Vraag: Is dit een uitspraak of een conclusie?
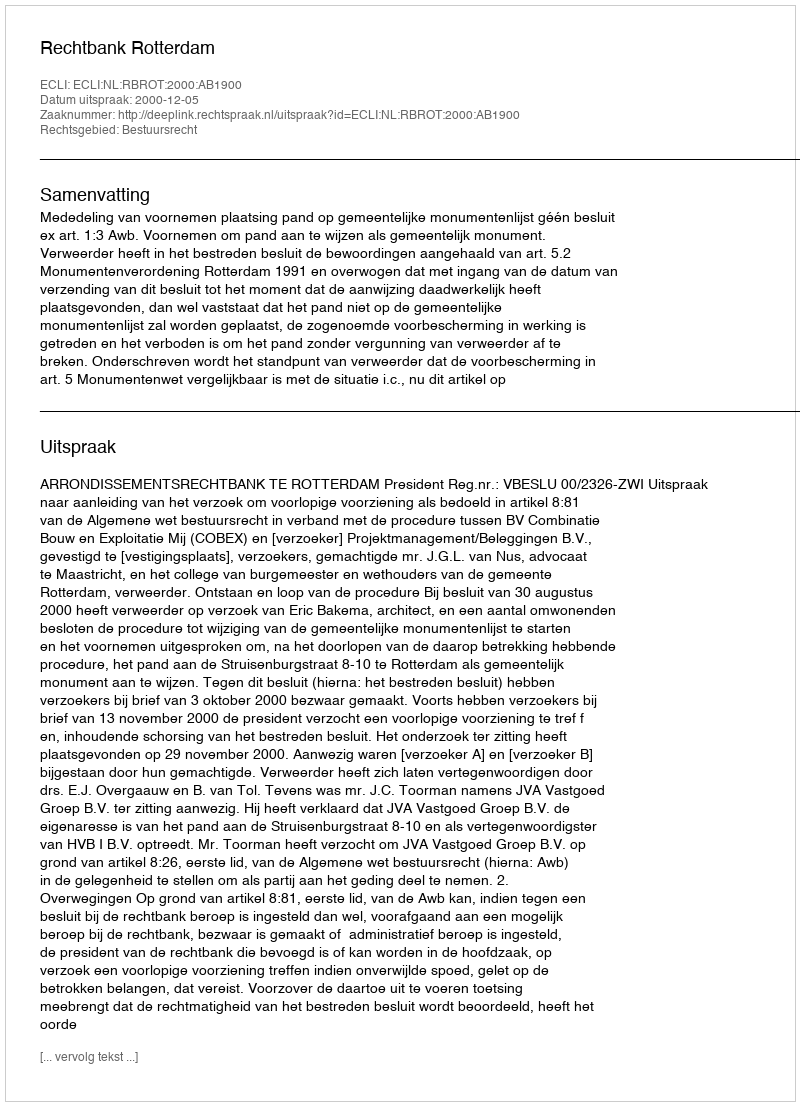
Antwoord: Uitspraak